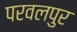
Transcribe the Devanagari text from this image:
परवलपुर